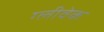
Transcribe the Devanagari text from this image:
ग्लीवेक